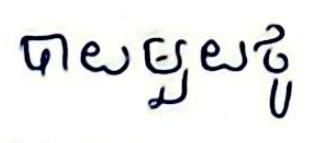
បាយមួយថូ